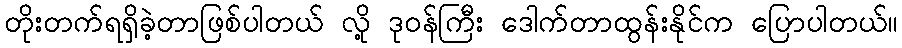
တိုးတက်ရရှိခဲ့တာဖြစ်ပါတယ် လို့ ဒုဝန်ကြီး ဒေါက်တာထွန်းနိုင်က ပြောပါတယ်။